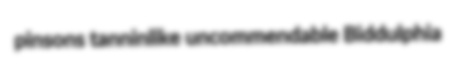
pinsons tanninlike uncommendable Biddulphia